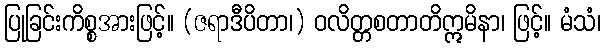
ပြုခြင်းကိစ္စအားဖြင့်။ (ဇရာဒီပိတာ၊) ဝလိတ္တစတာတိဣမိနာ၊ ဖြင့်။ မံသံ၊